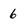
Character: 6